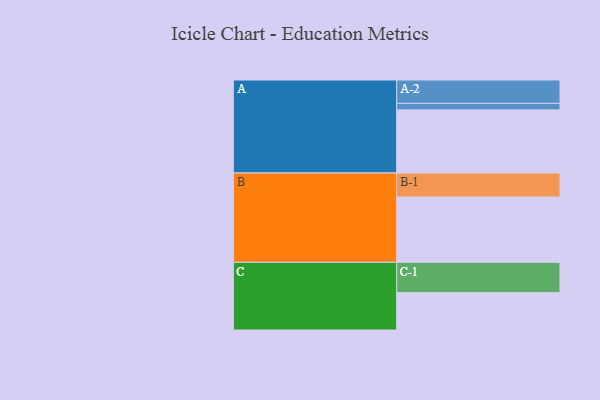
{"axis": {"x": "Segment", "y": "Value"}, "legend": ["", "A", "B", "C"], "data": [{"x": "A", "y": 543, "type": ""}, {"x": "B", "y": 562, "type": ""}, {"x": "C", "y": 321, "type": ""}, {"x": "A-1", "y": 56, "type": "A"}, {"x": "A-2", "y": 201, "type": "A"}, {"x": "B-1", "y": 206, "type": "B"}, {"x": "C-1", "y": 261, "type": "C"}]}